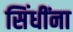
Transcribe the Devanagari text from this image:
सिंधींना